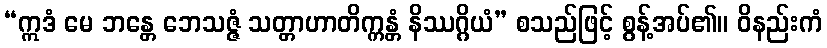
“ဣဒံ မေ ဘန္တေ ဘေသဇ္ဇံ သတ္တာဟာတိက္ကန္တံ နိဿဂ္ဂိယံ” စသည်ဖြင့် စွန့်အပ်၏။ ဝိနည်းကံ